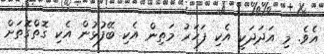
އެވެ. މި އަދަދަކީ އެކި ފަހަރު މަތިން އެކި ބޭފުޅުން އެކި ގޮތްގޮތަށް